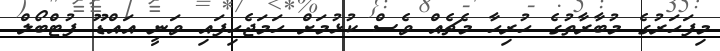
މިފަހަރުގެ މުބާރާތުގެ ހުރިހާ މެޗެއް ވެސް ކުޅުމަށް ހަމަޖެހިފައި ވަނީ އައްޑޫ ފުޓްބޯލް